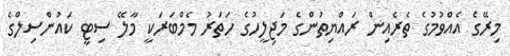
މިރޭގެ އެއްވުމުގެ ތެރެއިން ރައްޔިތުންގެ މަޖިލީހުގެ ހަތަރު މެމްބަރަކީ މާލޭ ސިޓީ ކައުންސިލްގެ